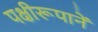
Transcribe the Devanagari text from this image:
पक्षीरूपानें